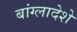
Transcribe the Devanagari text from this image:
बांग्लादेशे